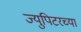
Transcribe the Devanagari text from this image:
ज्युपिटरच्या